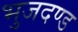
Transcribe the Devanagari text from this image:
भुजदण्ड